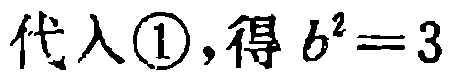
代入\textcircled{1},得 \(b^{2}=3\)